Report on the working of the Ranchi Indian Mental Hospital, Kanke, in Bihar and Orissa - 1930-1940
Year: 1930
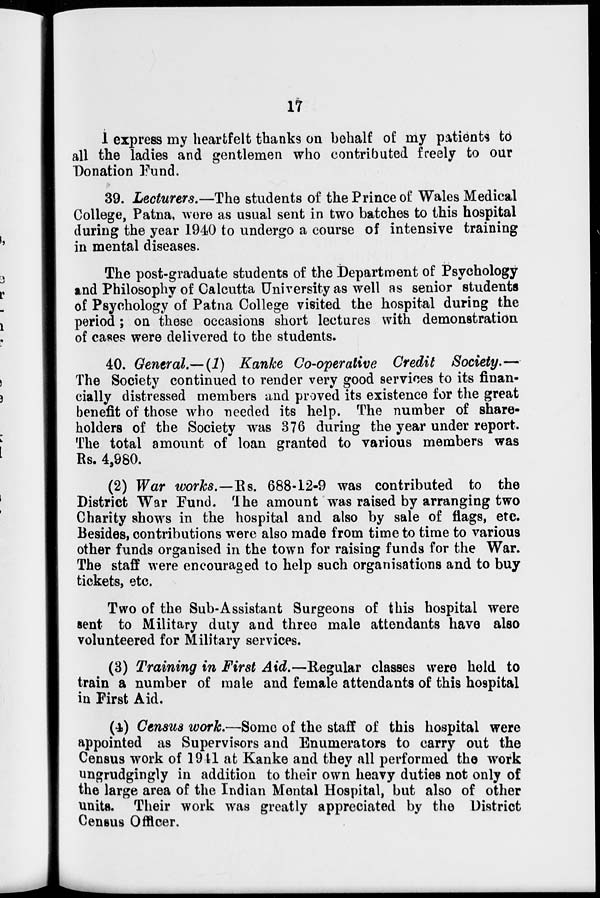
17
I express my heartfelt thanks on behalf of my patients to
all the ladies and gentlemen who contributed freely to our
Donation Fund.
39. Lecturers.—The students of the Prince of Wales Medical
College, Patna, were as usual sent in two batches to this hospital
during the year 1940 to undergo a course of intensive training
in mental diseases.
The post-graduate students of the Department of Psychology
and Philosophy of Calcutta University as well as senior students
of Psychology of Patna College visited the hospital during the
period; on these occasions short lectures with demonstration
of cases were delivered to the students.
40. General.—(1) Kanke Co-operative Credit Society.—
The Society continued to render very good services to its finan-
cially distressed members and proved its existence for the great
benefit of those who needed its help. The number of share-
holders of the Society was 376 during the year under report.
The total amount of loan granted to various members was
Rs. 4,980.
(2) War works.—Rs. 688-12-9 was contributed to the
District War Fund. The amount was raised by arranging two
Charity shows in the hospital and also by sale of flags, etc.
Besides, contributions were also made from time to time to various
other funds organised in the town for raising funds for the War.
The staff were encouraged to help such organisations and to buy
tickets, etc.
Two of the Sub-Assistant Surgeons of this hospital were
sent to Military duty and three male attendants have also
volunteered for Military services.
(3) Training in First Aid.—Regular classes were held to
train a number of male and female attendants of this hospital
in First Aid.
(4) Census work.—Some of the staff of this hospital were
appointed as Supervisors and Enumerators to carry out the
Census work of 1941 at Kanke and they all performed the work
ungrudgingly in addition to their own heavy duties not only of
the large area of the Indian Mental Hospital, but also of other
units. Their work was greatly appreciated by the District
Census Officer.